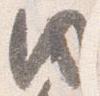
同